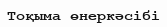
Тоқыма өнеркәсібі